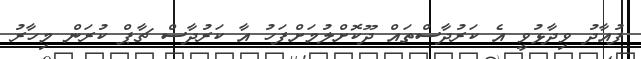
ފުއާދު ވިދާޅުވީ އެ ކަރުދާސްތައް ދޫކޮށްލުމަށްފަހު އާ ކަރުދާސް ޗާޕް ކުރަން މިހާރު